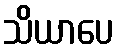
သိယာပေ